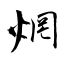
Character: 焹